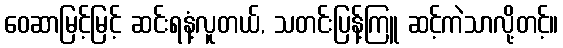
ဝေဆာမြင့်မြင့် ဆင်းရနံ့လူတယ်, သတင်းပြန့်ကြူ ဆင့်ကဲသာလို့တင့်။